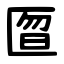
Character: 匫